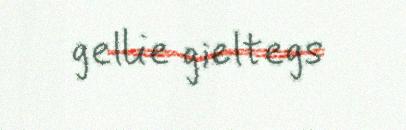
gellie gieltegs